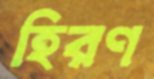
হিরণ